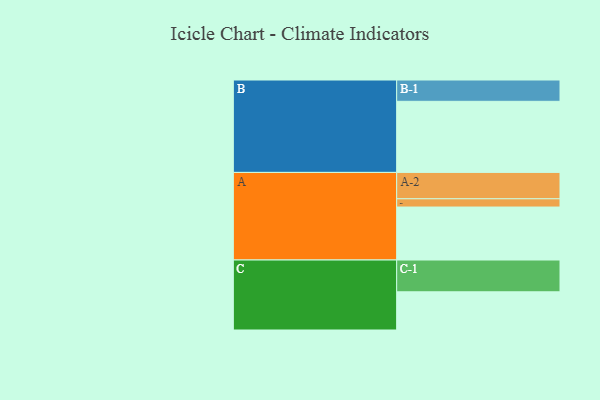
{"axis": {"x": "Segment", "y": "Value"}, "legend": ["", "A", "B", "C"], "data": [{"x": "A", "y": 430, "type": ""}, {"x": "B", "y": 577, "type": ""}, {"x": "C", "y": 310, "type": ""}, {"x": "A-1", "y": 67, "type": "A"}, {"x": "A-2", "y": 214, "type": "A"}, {"x": "B-1", "y": 173, "type": "B"}, {"x": "C-1", "y": 258, "type": "C"}]}